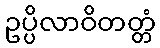
ဥပ္ပိလာဝိတတ္တံ